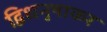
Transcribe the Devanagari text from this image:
द्विधनुषाकर